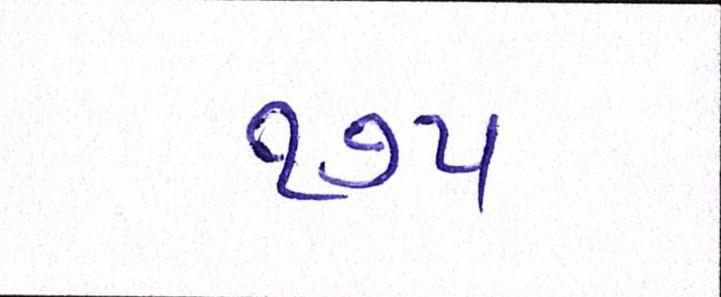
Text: ૧૭૫